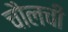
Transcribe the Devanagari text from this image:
चौलची